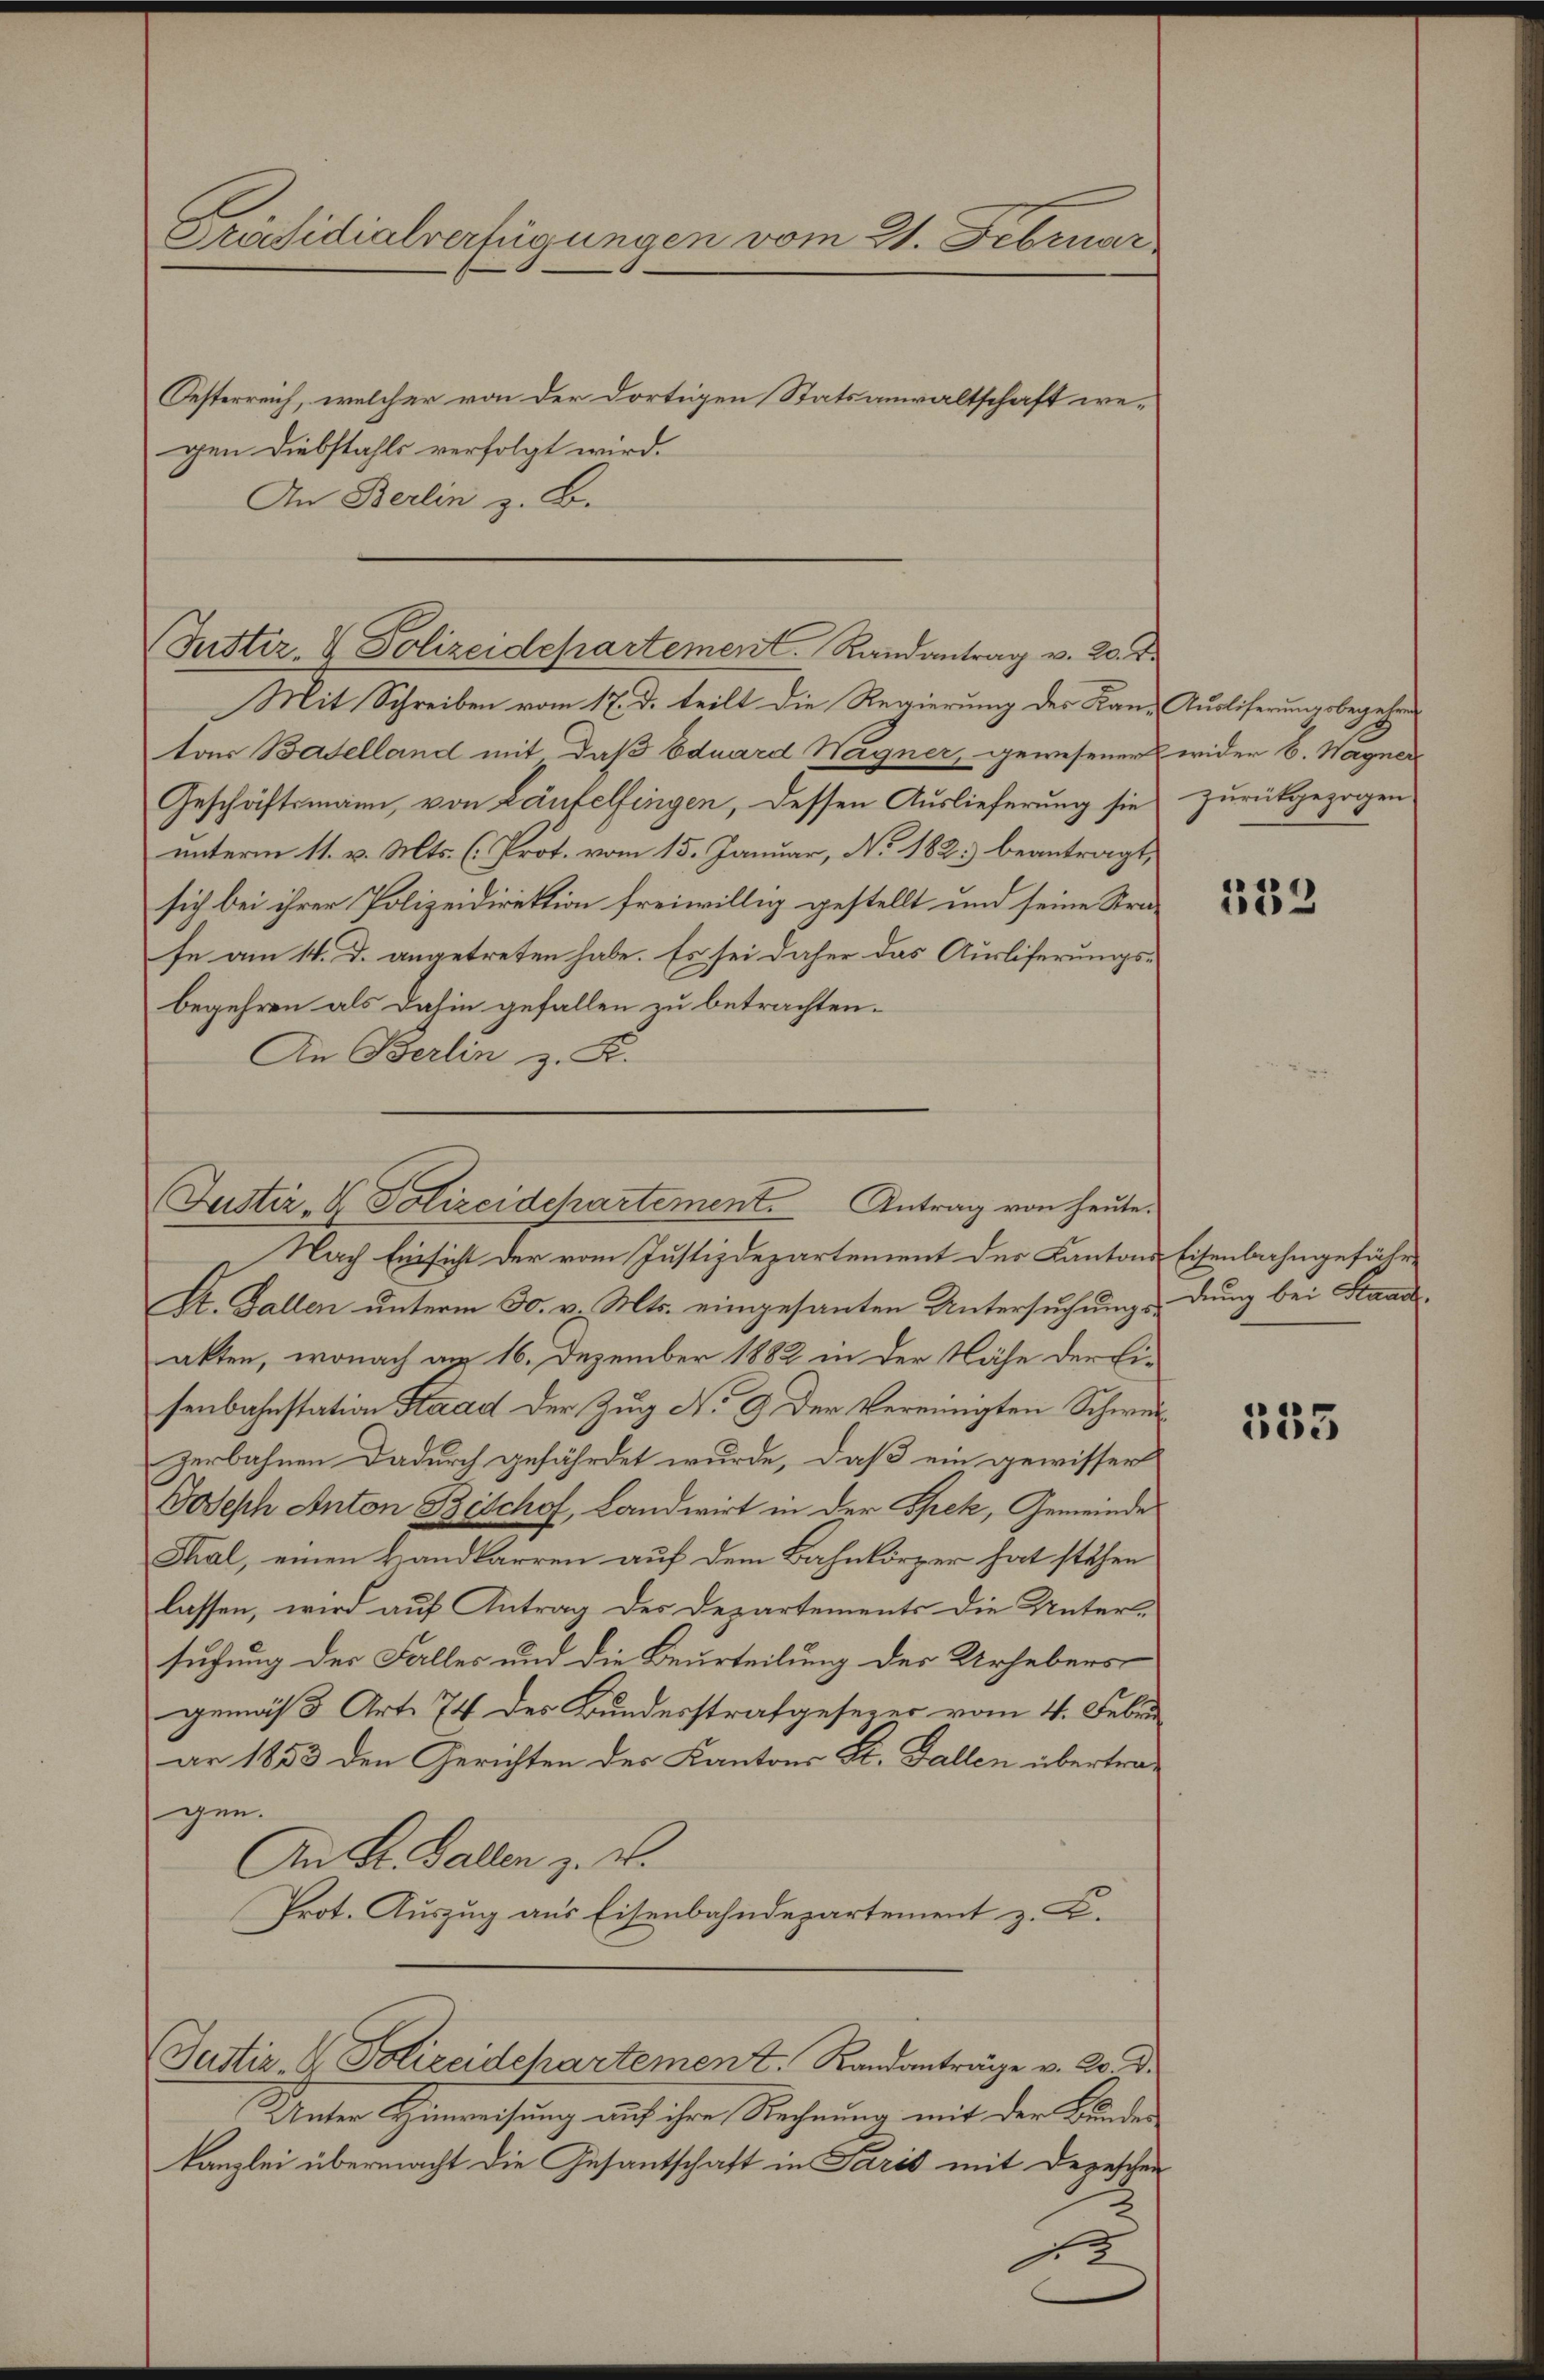
An Berlin z. B.

Präsidialverfügungen vom 21. Februar
Oesterreich, welcher von der dortigen Statsanwaltschaft wegen Diebstahls verfolgt wird.

(Justiz & Polizeidepartement Randantrag v. 20. d.

Mit Schreiben vom 17. d. teilt die Regierung des Kan- Ausliferungsbegehren
tar Baselland mit daß Eduard Wagner, gewesener wider B. Wagner
Geschäftsmann, von Laufelfingen, dessen Auslieferung sie zurückgezogen
unterm 11. v. Mts. (Prot. vom 15. Januar, No. 182. beantragt,
sich bei ihrer Polizeidirektion freiwillig gestellt und seine Strafe am 14. d. angetreten habe. Es sei daher das Ausliferungsbegehren als dahin gefallen zu betrachten.
An Berlin z. R.

Justiz- & Polizeidepartement. Antrag von heute.

Nach Einsicht der vom Justizdepartement des Kantons Eisenbahngefähr¬
St. Gallen unterm 30. v. Mts. eingesanten Untersuchung den bei Staadakten, wonach am 16. Dezember 1882 in der Nähe der Eisenbahnstation Staad der Zug No 9. Der Vereinigten Schwurzerbahnen dadurch gefährdet wurde, daß ein gewissert
Joseph Anton Beschof, Landwirt in der Spek, Gemeinde
Thal, einen Handkarren auf dem Bahnkörper hat stehen
lassen, wird auf Antrag des Departements die Unter-
suchung der Falles und die Beurteilung der Urhebers
gemäß 3 Art. 74 des Bundesstrafgesezer vom 4. Febru
ar 1853 den Gerichten der Kantons St. Gallen übertragen.
An St. Gallen z. v.
Prot. Auszug aus Eisenbahndepartement z. B.
Justiz- & Polizeidepartement. Randanträge v. M. D.
Unter Hinweisung auf ihre Rechnung mit der Bunden
kanzlei übermacht die Gesantschaft in Paris mit Depeschen
1

132

533